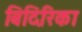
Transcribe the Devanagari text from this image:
बिदिरिका